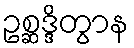
ဥစ္ဆဒ္ဒိတွာန